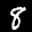
Label: 8